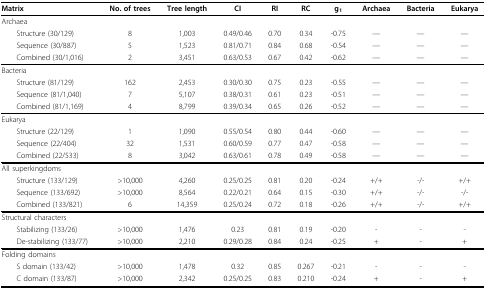
<table><thead><tr><td><b>Matrix</b></td><td><b>No. of trees</b></td><td><b>Tree length</b></td><td><b>CI</b></td><td><b>RI</b></td><td><b>RC</b></td><td><b>g<sub>1</sub></b></td><td><b>Archaea</b></td><td><b>Bacteria</b></td><td><b>Eukarya</b></td></tr></thead><tbody><tr><td>Archaea</td><td></td><td></td><td></td><td></td><td></td><td></td><td></td><td></td><td></td></tr><tr><td> Structure (30/129)</td><td>8</td><td>1,003</td><td>0.49/0.46</td><td>0.70</td><td>0.34</td><td>-0.75</td><td>—</td><td>—</td><td>—</td></tr><tr><td> Sequence (30/887)</td><td>5</td><td>1,523</td><td>0.81/0.71</td><td>0.84</td><td>0.68</td><td>-0.54</td><td>—</td><td>—</td><td>—</td></tr><tr><td> Combined (30/1,016)</td><td>2</td><td>3,451</td><td>0.63/0.53</td><td>0.67</td><td>0.42</td><td>-0.62</td><td>—</td><td>—</td><td>—</td></tr><tr><td>Bacteria</td><td></td><td></td><td></td><td></td><td></td><td></td><td></td><td></td><td></td></tr><tr><td> Structure (81/129)</td><td>162</td><td>2,453</td><td>0.30/0.30</td><td>0.75</td><td>0.23</td><td>-0.55</td><td>—</td><td>—</td><td>—</td></tr><tr><td> Sequence (81/1,040)</td><td>7</td><td>5,107</td><td>0.38/0.31</td><td>0.61</td><td>0.23</td><td>-0.51</td><td>—</td><td>—</td><td>—</td></tr><tr><td> Combined (81/1,169)</td><td>4</td><td>8,799</td><td>0.39/0.34</td><td>0.65</td><td>0.26</td><td>-0.52</td><td>—</td><td>—</td><td>—</td></tr><tr><td>Eukarya</td><td></td><td></td><td></td><td></td><td></td><td></td><td></td><td></td><td></td></tr><tr><td> Structure (22/129)</td><td>1</td><td>1,090</td><td>0.55/0.54</td><td>0.80</td><td>0.44</td><td>-0.60</td><td>—</td><td>—</td><td>—</td></tr><tr><td> Sequence (22/404)</td><td>32</td><td>1,531</td><td>0.60/0.59</td><td>0.77</td><td>0.47</td><td>-0.58</td><td>—</td><td>—</td><td>—</td></tr><tr><td> Combined (22/533)</td><td>8</td><td>3,042</td><td>0.63/0.61</td><td>0.78</td><td>0.49</td><td>-0.58</td><td>—</td><td>—</td><td>—</td></tr><tr><td>All superkingdoms</td><td></td><td></td><td></td><td></td><td></td><td></td><td></td><td></td><td></td></tr><tr><td> Structure (133/129)</td><td>&gt;10,000</td><td>4,260</td><td>0.25/0.25</td><td>0.81</td><td>0.20</td><td>-0.24</td><td>+/+</td><td>-/-</td><td>+/+</td></tr><tr><td> Sequence (133/692)</td><td>&gt;10,000</td><td>8,564</td><td>0.22/0.21</td><td>0.64</td><td>0.15</td><td>-0.30</td><td>+/+</td><td>-/-</td><td>-/-</td></tr><tr><td> Combined (133/821)</td><td>6</td><td>14,359</td><td>0.25/0.24</td><td>0.72</td><td>0.18</td><td>-0.26</td><td>+/+</td><td>-/-</td><td>+/+</td></tr><tr><td>Structural characters</td><td></td><td></td><td></td><td></td><td></td><td></td><td></td><td></td><td></td></tr><tr><td> Stabilizing (133/26)</td><td>&gt;10,000</td><td>1,476</td><td>0.23</td><td>0.81</td><td>0.19</td><td>-0.20</td><td>-</td><td>-</td><td>-</td></tr><tr><td> De-stabilizing (133/77)</td><td>&gt;10,000</td><td>2,210</td><td>0.29/0.28</td><td>0.84</td><td>0.24</td><td>-0.25</td><td>+</td><td>-</td><td>+</td></tr><tr><td>Folding domains</td><td></td><td></td><td></td><td></td><td></td><td></td><td></td><td></td><td></td></tr><tr><td> S domain (133/42)</td><td>&gt;10,000</td><td>1,478</td><td>0.32</td><td>0.85</td><td>0.267</td><td>-0.21</td><td>-</td><td>-</td><td>-</td></tr><tr><td> C domain (133/87)</td><td>&gt;10,000</td><td>2,342</td><td>0.25/0.25</td><td>0.83</td><td>0.210</td><td>-0.24</td><td>+</td><td>-</td><td>+</td></tr></tbody></table>